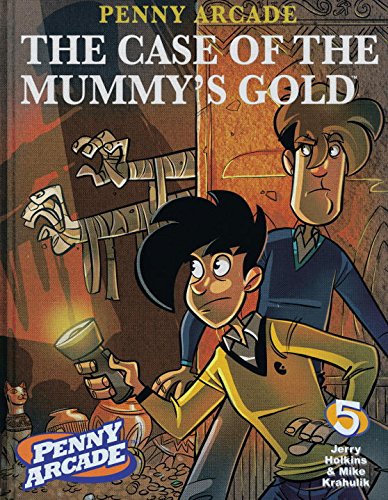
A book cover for Penny Arcade Volume 5: The Case Of The Mummy's Gold (v. 5); Jerry Holkins; Humor & Entertainment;